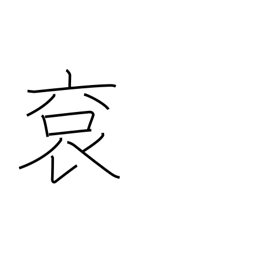
Meaning: imperial robes